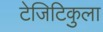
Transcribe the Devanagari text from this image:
टेजिटिकुला